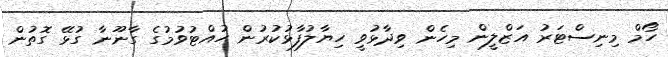
ހޯމް މިނިސްޓަރު އަޒްލީން މިހެން ވިދާޅުވީ ހިޔާލުފާޅުކުރުން ހުއްޓުވުމުގެ ގާނޫނާ ގުޅޭ ގޮތުން